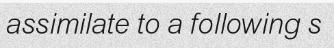
assimilate to a following s